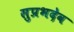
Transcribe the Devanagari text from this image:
सुप्रभदेव